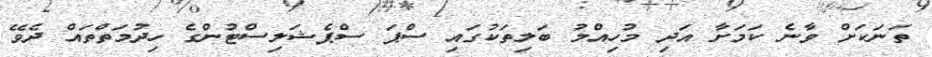
ތަަނަކަށް ވާނެ ކަމަށާ އަދި މުހިއްމު ބަލިތަކުގައި ސްޕަ ސްޕެޝަލިސްޓުންގެ ހިދުމަތްތައް ދެވޭ